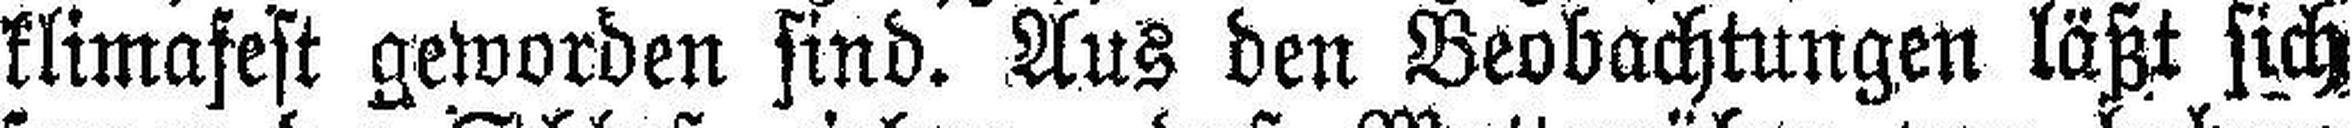
klimafest geworden sind. Aus den Beobachtungen läßt sich